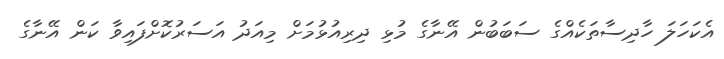
އެކަހަލަ ހާދިސާތަކެއްގެ ސަބަބުން އޭނާގެ މުޅި ދިރިއުޅުމަށް މިއަދު އަސަރުކޮށްފައިވާ ކަން އޭނާގެ